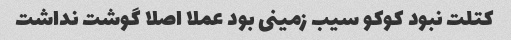
کتلت نبود کوکو سیب زمینی بود عملا اصلا گوشت نداشت